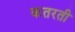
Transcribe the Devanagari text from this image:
कतरती